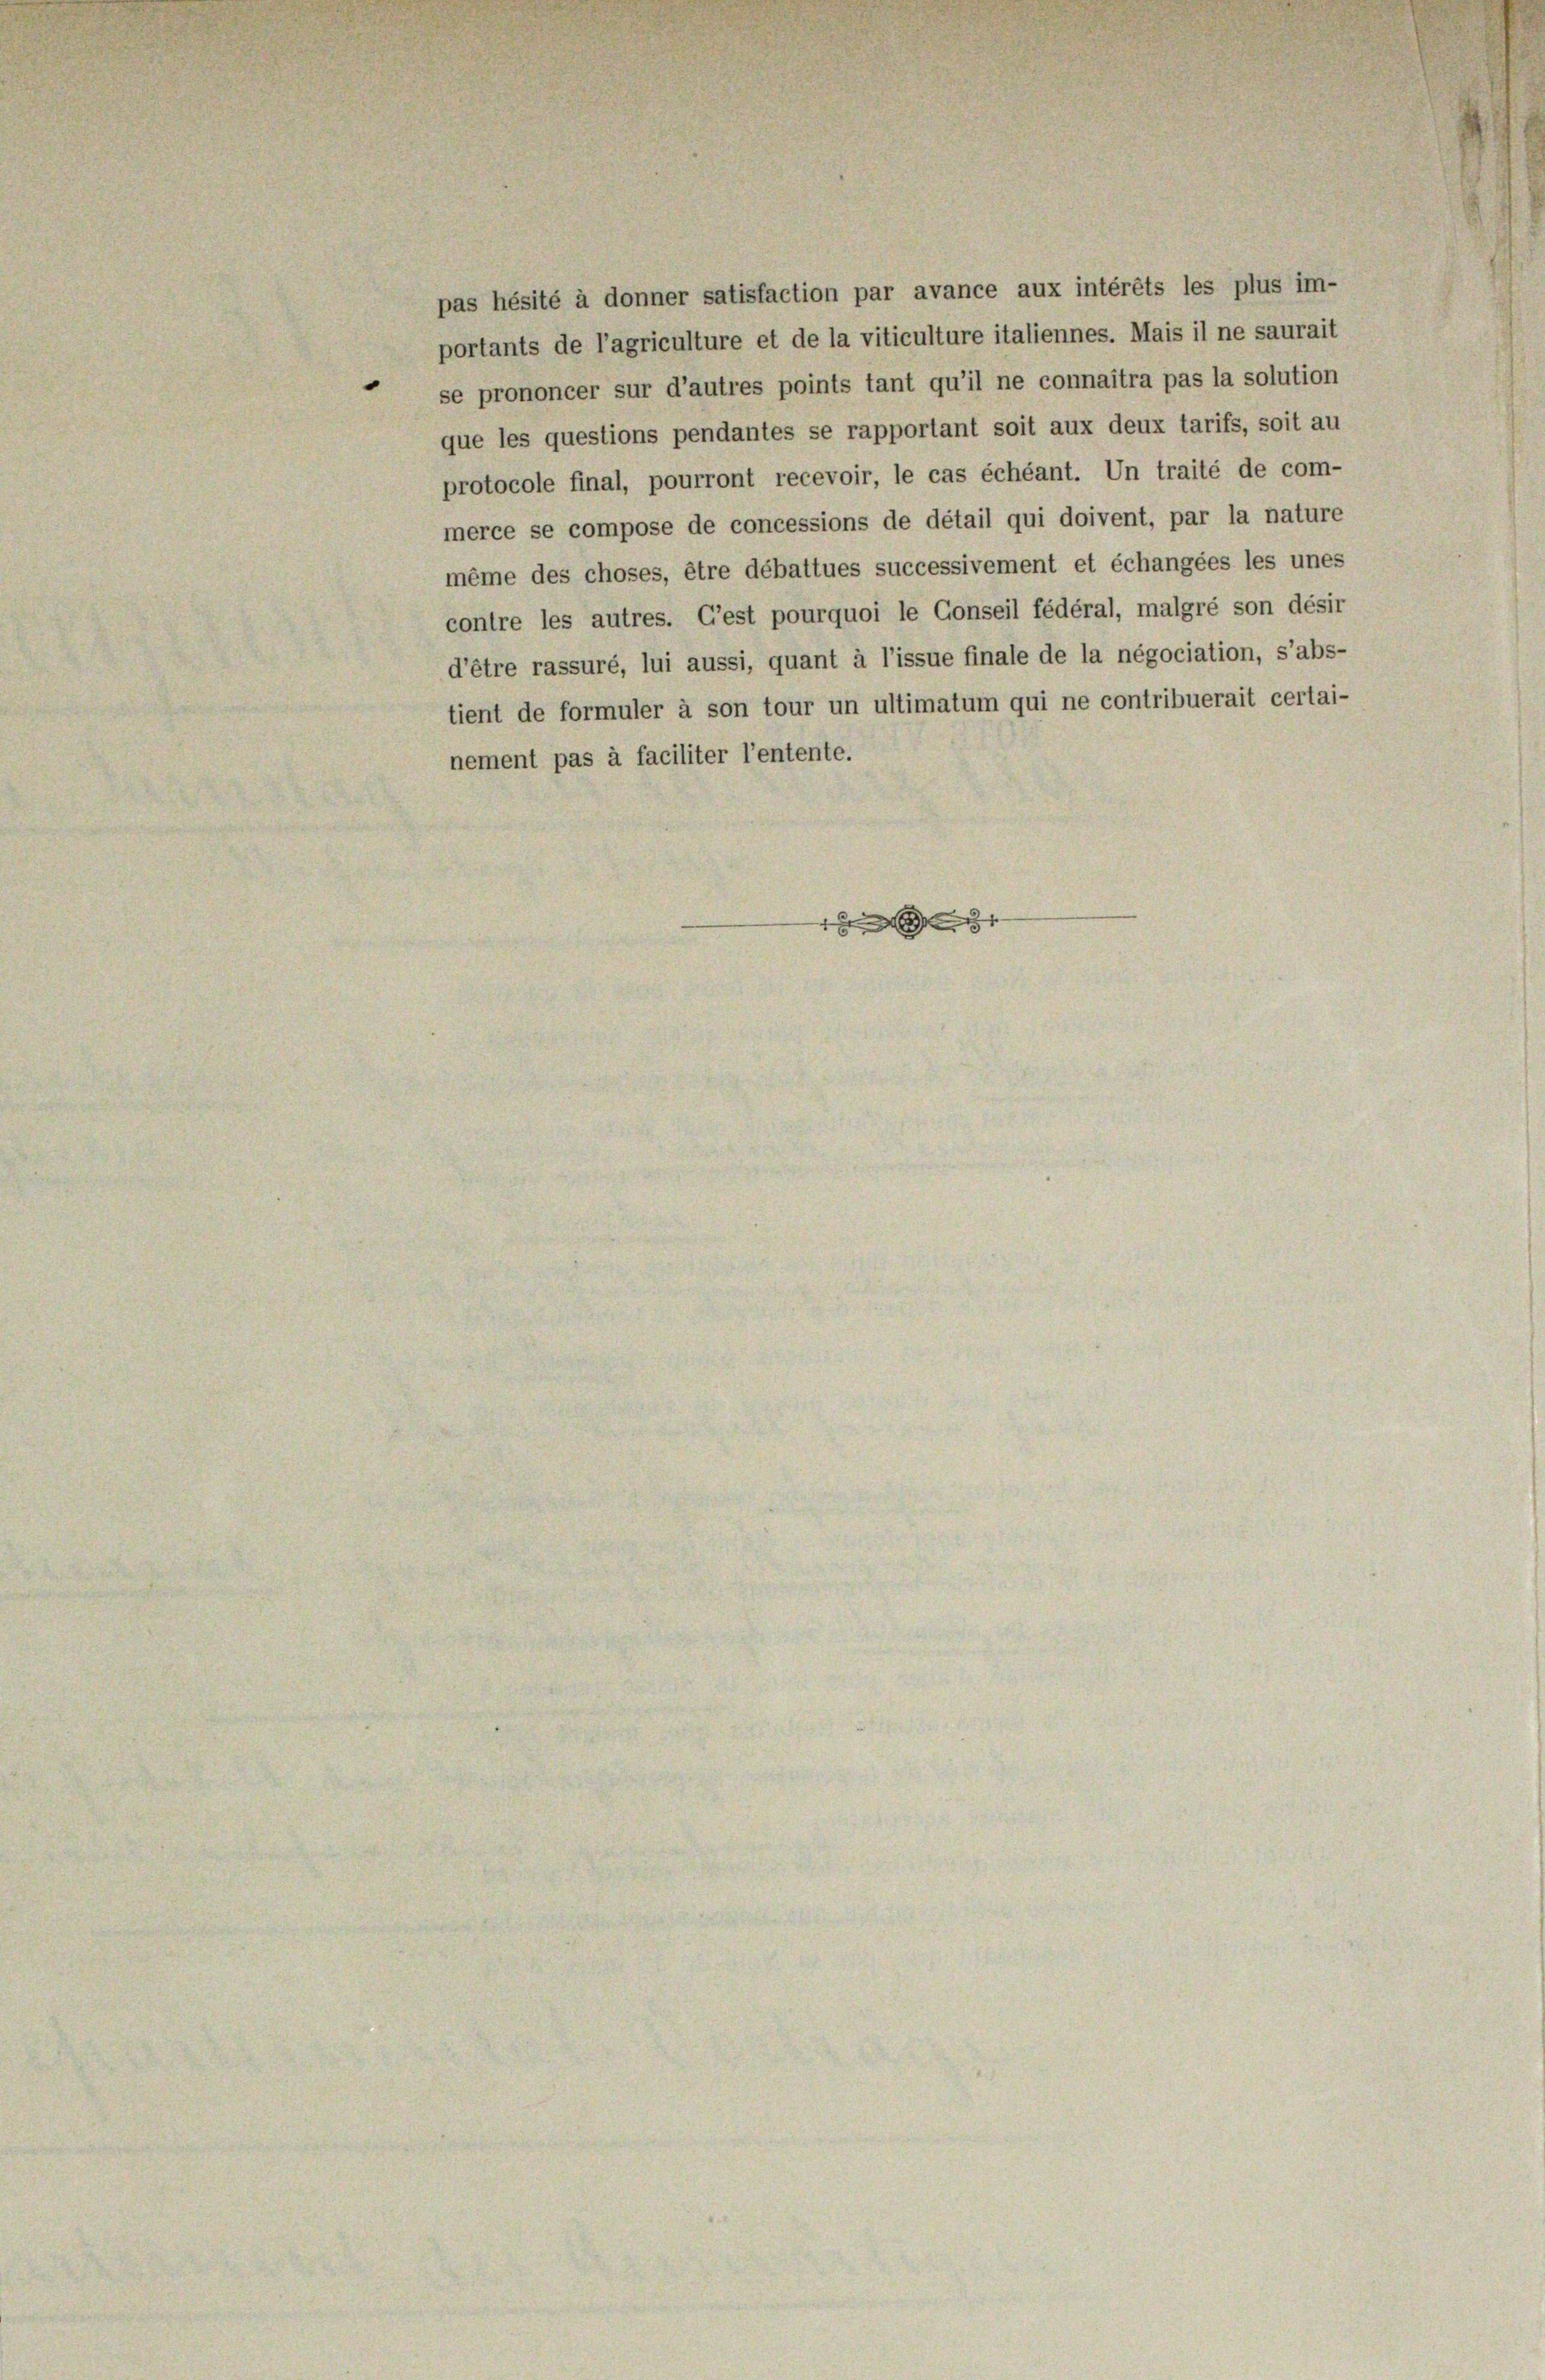
pas hésité à donner satisfaction par avance aux intérêts les plus im-
portants de l’agriculture et de la viticulture italiennes. Mais il ne saurait
se prononcer sur d’autres points tant qu’il ne connaîtra pas la solution
que les questions pendantes se rapportant soit aux deux tarifs, soit au
protocole final, pourront recevoir, le cas échéant. Un traité de com-
merce se compose de concessions de détail qui doivent, par la nature
même des choses, être débattues successivement et échangées les unes
contre les autres. C’est pourquoi le Conseil fédéral, malgré son désir
d’être rassuré, lui aussi, quant à l’issue finale de la négociation, s’abs-
tient de formuler à son tour un ultimatum qui ne contribuerait certai-
nement pas à faciliter l’entente.